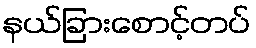
နယ်ခြားစောင့်တပ်